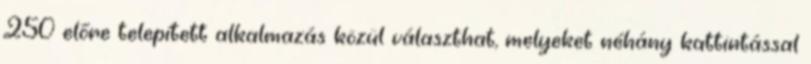
250 előre telepített alkalmazás közül választhat, melyeket néhány kattintással